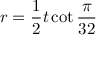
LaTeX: r = { \frac { 1 } { 2 } } t \cot { \frac { \pi } { 3 2 } }